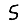
Digit: 5